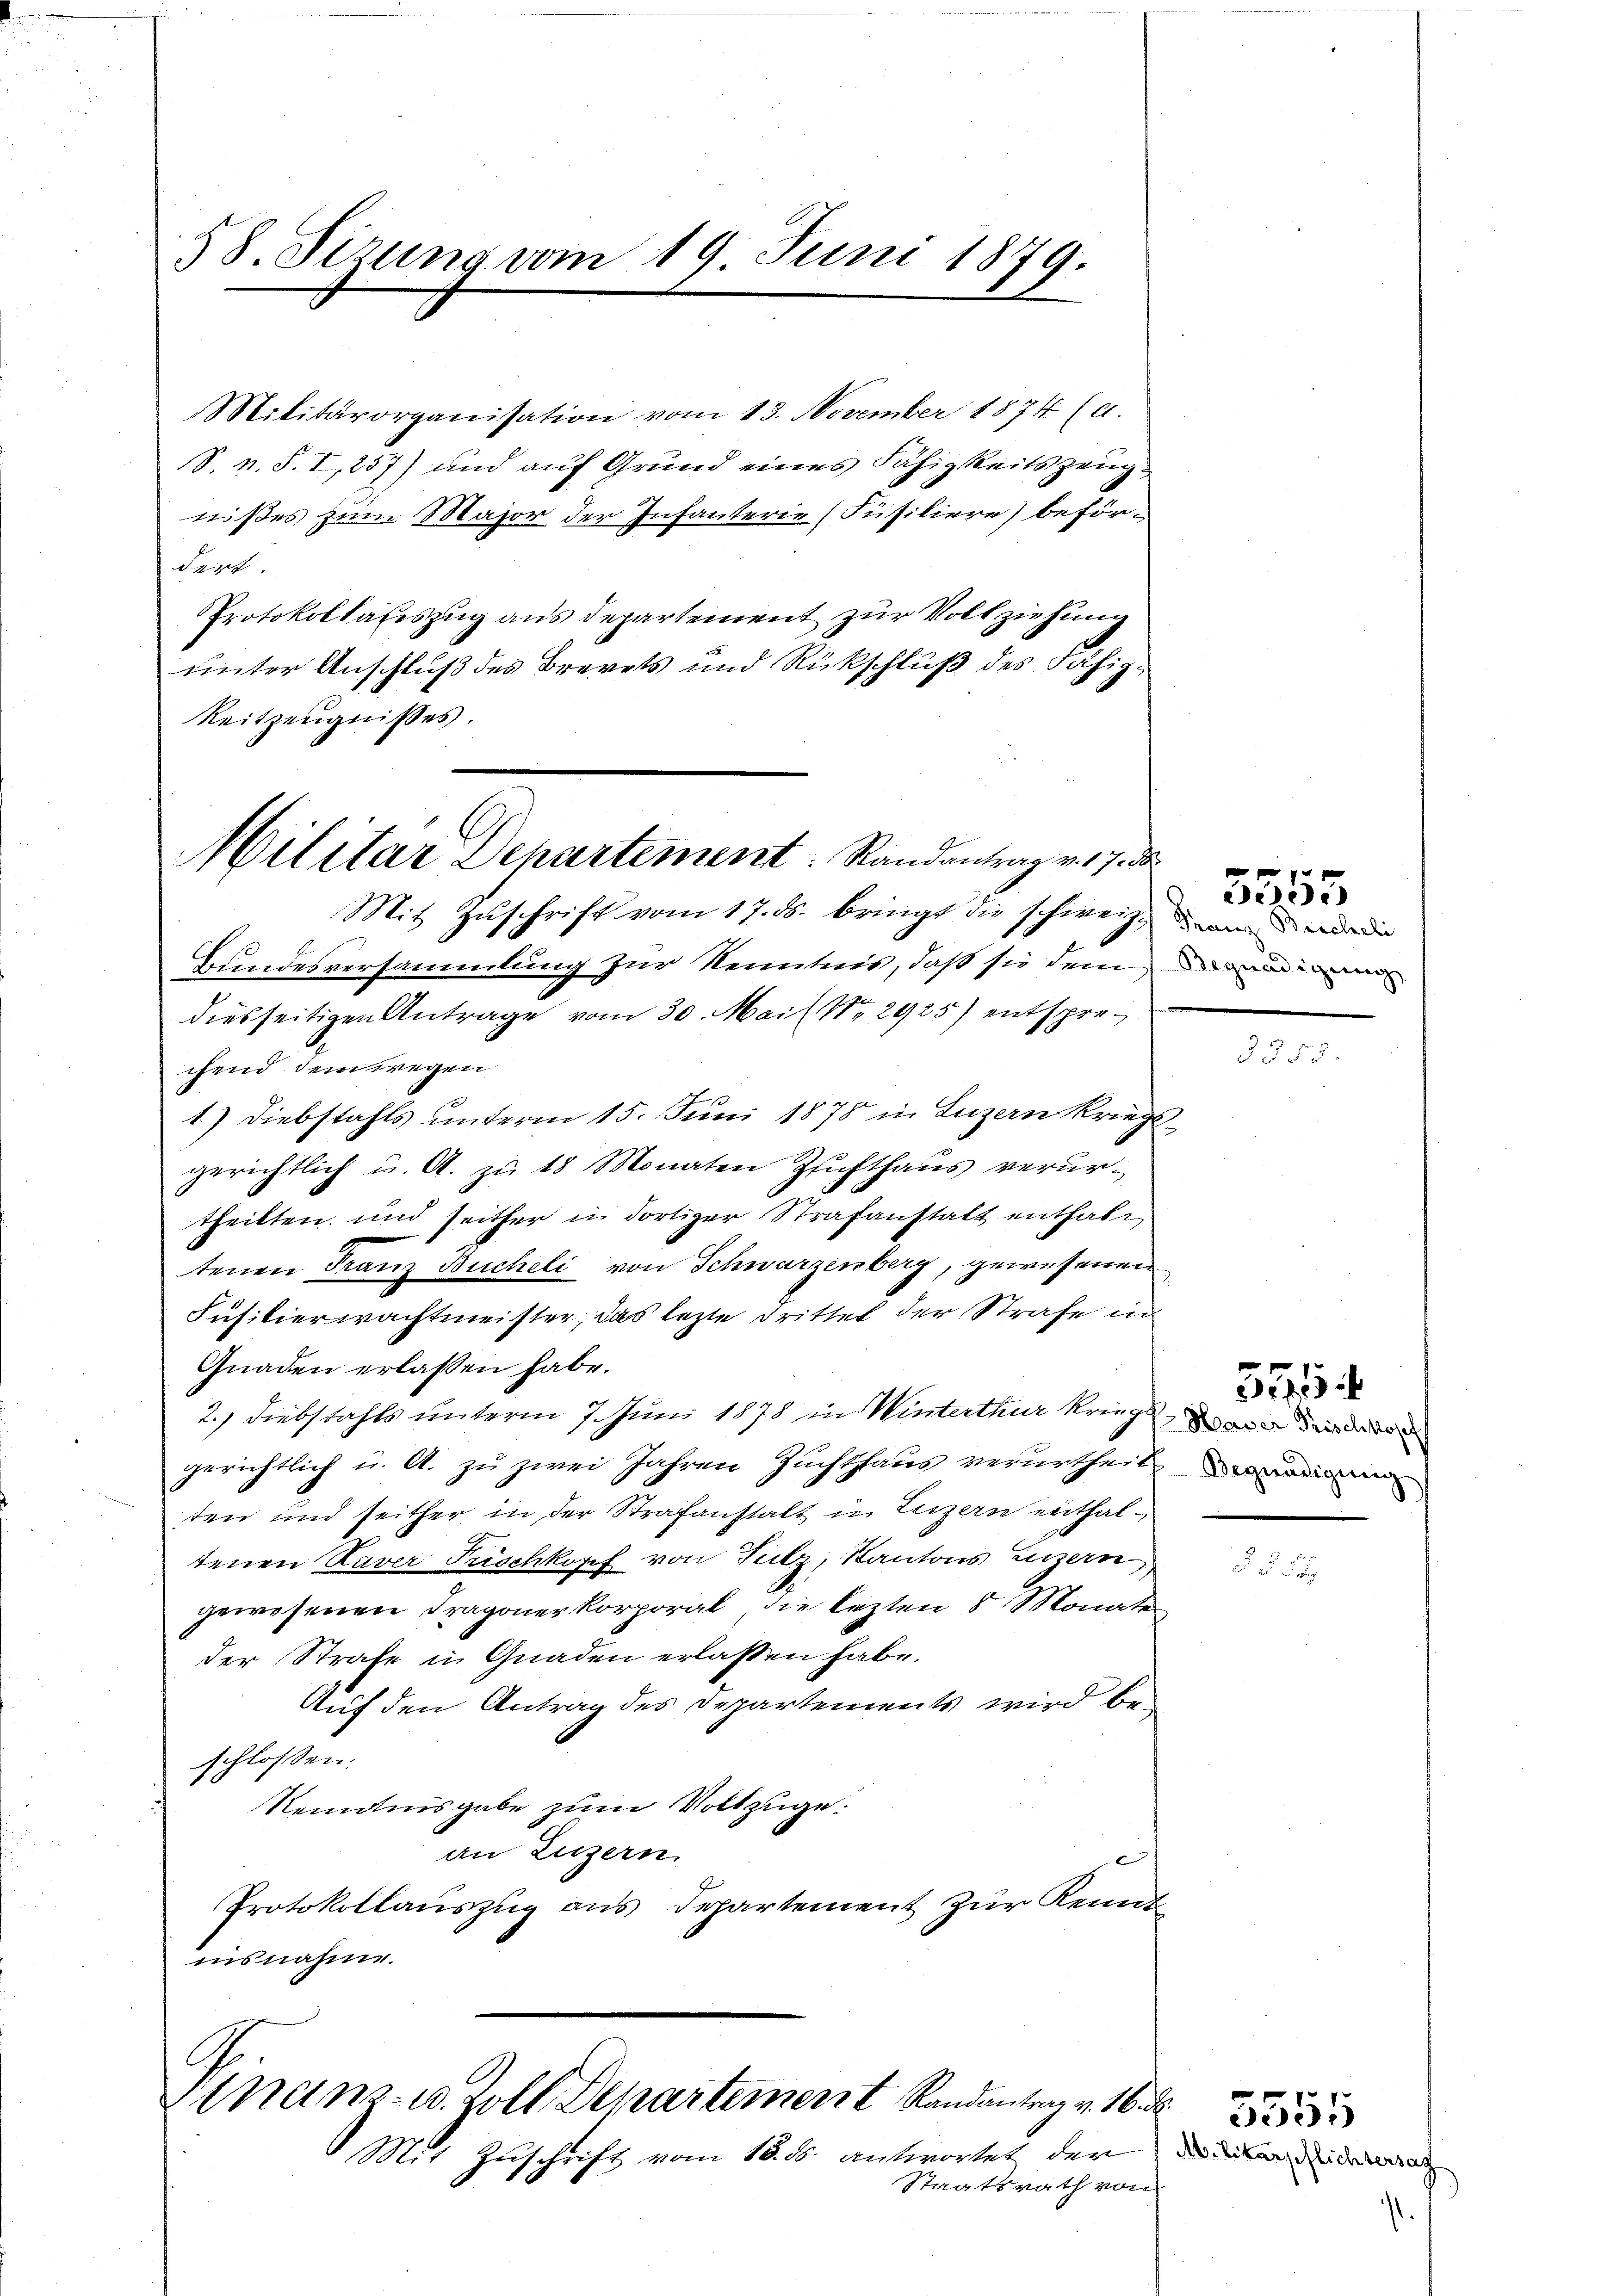
58. Sizung vom 19. Juni 1879.

Militärorganisation vom 13. November 1874 (a.
S. v. S. I, 257) und auf Grund eines Fähigkeitszeugnißes zum Major der Infanterie (Füsiliere) beför-
darf. |
PProtokollatiszug aus Departement zur Vollziehung
unter Anschluß des Brevets und Rückschluß des Fähig¬
Reitzeugnisses.

Militar Departement: Randantrag v. 17. d.
Mit Zŭschrift vom 17. ds. bringt die schweiz. ande

Mit Zuschrift vom

Bundesversammlung zur Kenntnis, daß sie dem die ander
diesseitigen Antrage vom 30. Mai ( No. 2925) entsprechend dem wegen
1) Diebstahls unterm 15. Juni 1878 in Luzern Kriegsgerichtlich u. A. zu 18 Monaten Zufthaus verurtheilten und seither in dortiger Strafanstalt enthalt
tenen Franz Bucheli von Schwarzenberg, gewesenen
Jusitierwachtmeister, das lezte Drittel der Strafe in
Gnaden erlassen habe.
2.) Diebstahls unterm 7. Juni 1878 in Winterthur Krieg, in de
gerichtlich u. A. zu zwei Jahren Zuchthaus verurtheil
ten und seither in der Strafanstalt in Luzern enthaltenen Taver Frischkopf von Sulz, Kantons Luzern,
gewesenen Dragoner Korporal, die lezten 5 Monate
der Strafe in Gnaden erlassen habe.
Auf den Antrag des Departements wird beschlossen:
Remonisgabe zum Vollzuge.
an Luzern.
Protokollauszug aus Departement zur Kennt
insnahme.

tnanz- u. Zoll Departement Randantrag v. 16. d

d. antwortet der Militar Glichtersat
Staatsrath von

5555

Begnadigung

555

5555